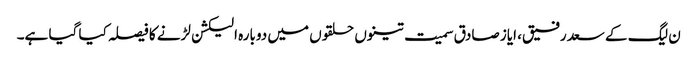
ن لیگ کے سعد رفیق، ایاز صادق سمیت تینوں حلقوں میں دوبارہ الیکشن لڑنے کا فیصلہ کیا گیا ہے۔